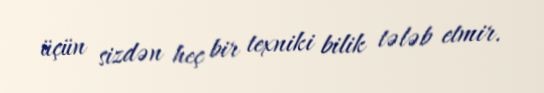
üçün sizdən heç bir texniki bilik tələb etmir.